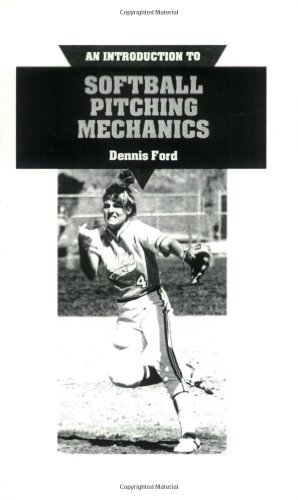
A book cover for An Introduction to Softball Pitching Mechanics: Including How to Throw Six Different Pitches : A Basic Description for Girls and Womens Fast Pitch; Dennis Ford; Sports & Outdoors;